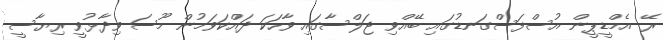
ރޭ އެމްޑީޕީން އުސްފަސްގަނޑުގައި ބޭއްވި ޖަލްސާގައި ވާހަކަ ދައްކަވަމުން މޫސަ ވިދާޅުވީ ރިޔާސީ